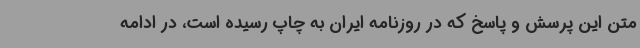
متن این پرسش و پاسخ که در روزنامه ایران به چاپ رسیده است، در ادامه